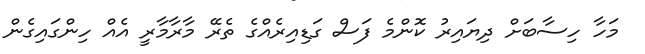
މަހާ ހިސާބަށް ދިޔައިރު ކޮންމެ ފަސް ގަޑިއިރެއްގެ ތެރޭ މާރާމާރީ އެއް ހިންގައިގެން